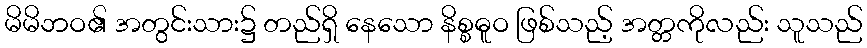
မိမိဘဝ၏ အတွင်းသား၌ တည်ရှိ နေသော နိစ္စဓူဝ ဖြစ်သည့် အတ္တကိုလည်း သူသည်